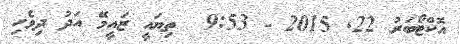
އޮކްޓޯބަރު 22